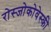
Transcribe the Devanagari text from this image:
रोस्‍जोकोवेस्‍की